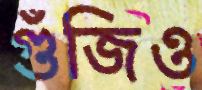
গুঁজিও